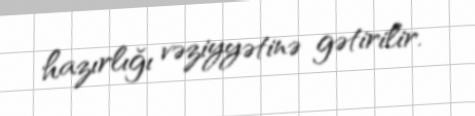
hazırlığı vəziyyətinə gətirilir.